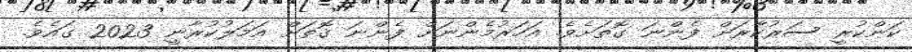
ކަންކުރީ ސަރުކާރަށް ފެންނަ ގޮތަށެވެ. އަހަރުމެންނަށް ފެންނަ ގޮތަށް އަމަލުކުރާނީ 2023 ގައެވެ.